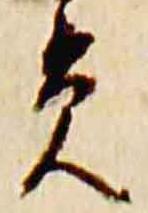
貢